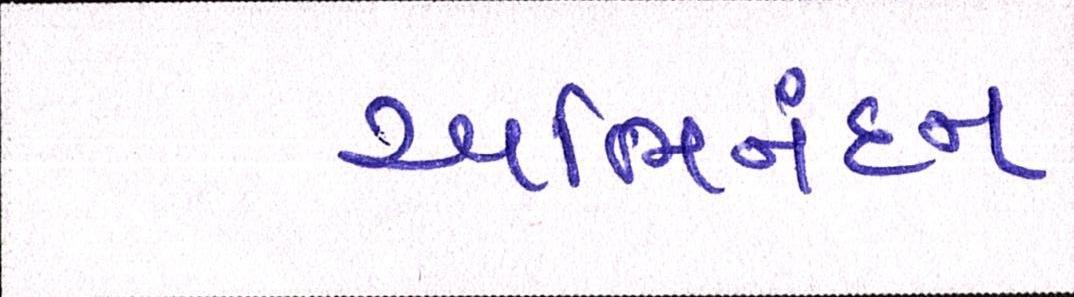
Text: અભિનંદન